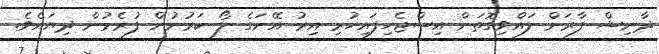
ދާނިޝް ފާރަށް ލައްވިގޮތަށް އިސްޖެހިފައިހުރި އިރު އޭނަގެ ލޯ ކަރުނުން ފުރެމުން ދިޔައެވެ.